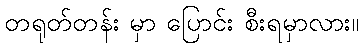
တရုတ်တန်း မှာ ပြောင်း စီးရမှာလား။